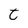
Character: t